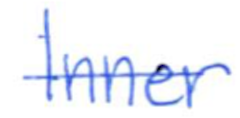
Text: Inner
Cross-out: single-line
Writing tool: ballpoint